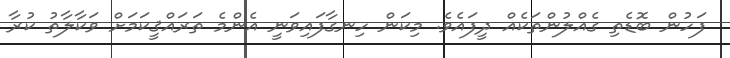
ފަހުން ބޮޑެތި ގެއްލުންތަކެއް ދީފައެވެ. މިކަން ހިނގާފައިވަނީ އެންމެ ތަރައްޤީކަމަށް ވަކާލާތު ކުރާ